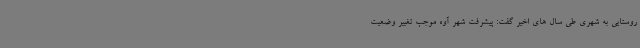
روستایی به شهری طی سال های اخیر گفت: پیشرفت شهر آوه موجب تغییر وضعیت